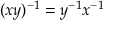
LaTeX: ( x y ) ^ { - 1 } = y ^ { - 1 } x ^ { - 1 }